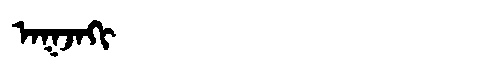
Manchu: ᠠᡴᠵᠠᡴᡳ
Romanization: AKJAKI